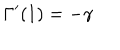
\Gamma ^ { \prime } ( 1 ) = - \gamma